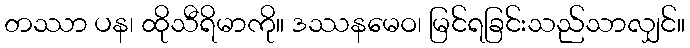
တဿာ ပန၊ ထိုသီရိမာကို။ ဒဿနမေဝ၊ မြင်ရခြင်းသည်သာလျှင်။